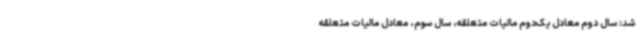
شد: سال دوم معادل یک‌دوم مالیات متعلقه، سال سوم، معادل مالیات متعلقه